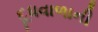
દૂધવાળાની